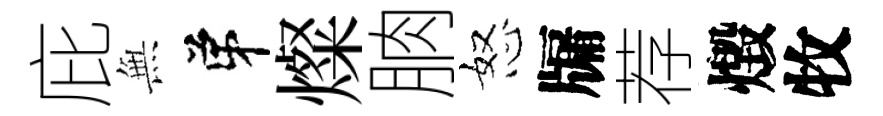
庇𭴾弟燦朒怒牖荐燬牧